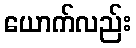
ယောက်လည်း